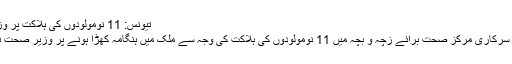
تیونس: 11 نومولودوں کی ہلاکت پر وزیر صحت مستعفی
افریقی ملک تیونس سرکاری مرکزِ صحت برائے زچہ و بچہ میں 11 نومولودوں کی ہلاکت کی وجہ سے ملک میں ہنگامہ کھڑا ہونے پر وزیر صحت نے استعفیٰ دے دیا۔